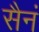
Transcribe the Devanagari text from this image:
सैनं